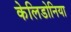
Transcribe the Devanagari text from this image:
केलिडोनिया